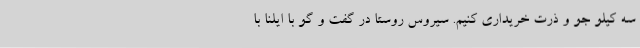
سه کیلو جو و ذرت خریداری کنیم. سیروس روستا در گفت و گو با ایلنا با